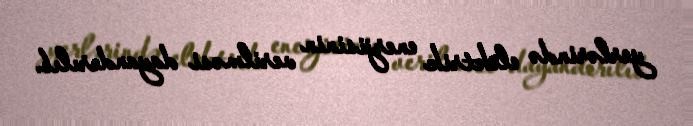
yerlərində elektrik enerjisinin verilməsi dayandırılıb.